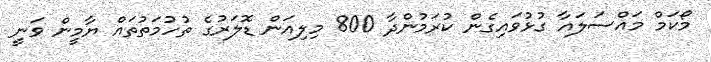
މޯކަމް މައްސަލައާ ގުޅުވައިގެން ކުރަމުންދާ 800 މިލިއަން ޑޮލަރުގެ ތުހުމަތުތައް ޔާމީން ވަނީ